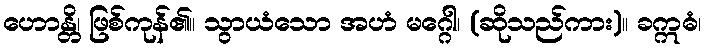
ဟောန္တိ၊ ဖြစ်ကုန်၏။ သွာယံသော အဟံ မဂ္ဂေါ၊ (ဆိုသည်ကား)။ ခဣဓံ၊